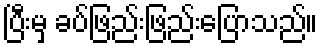
ပြီးမှ ခပ်ဖြည်းဖြည်းပြောသည်။